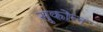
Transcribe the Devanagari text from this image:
सुकोल